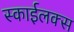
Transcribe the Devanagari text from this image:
स्काईलक्स